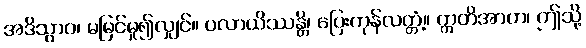
အဒိသွာဝ၊ မမြင်မူ၍လျှင်။ ပလာယိဿန္တိ၊ ပြေးကုန်လတ္တံ့။ ဣတိအာဟ၊ ဤသို့